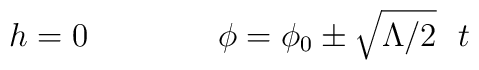
h = 0 ~~~~~~~~~~~~ \phi = \phi_0 \pm \sqrt{\Lambda/2} ~~t